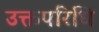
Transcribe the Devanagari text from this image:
उक्तपरिधि